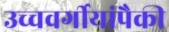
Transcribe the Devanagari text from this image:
उच्चवर्गीयांपैकी